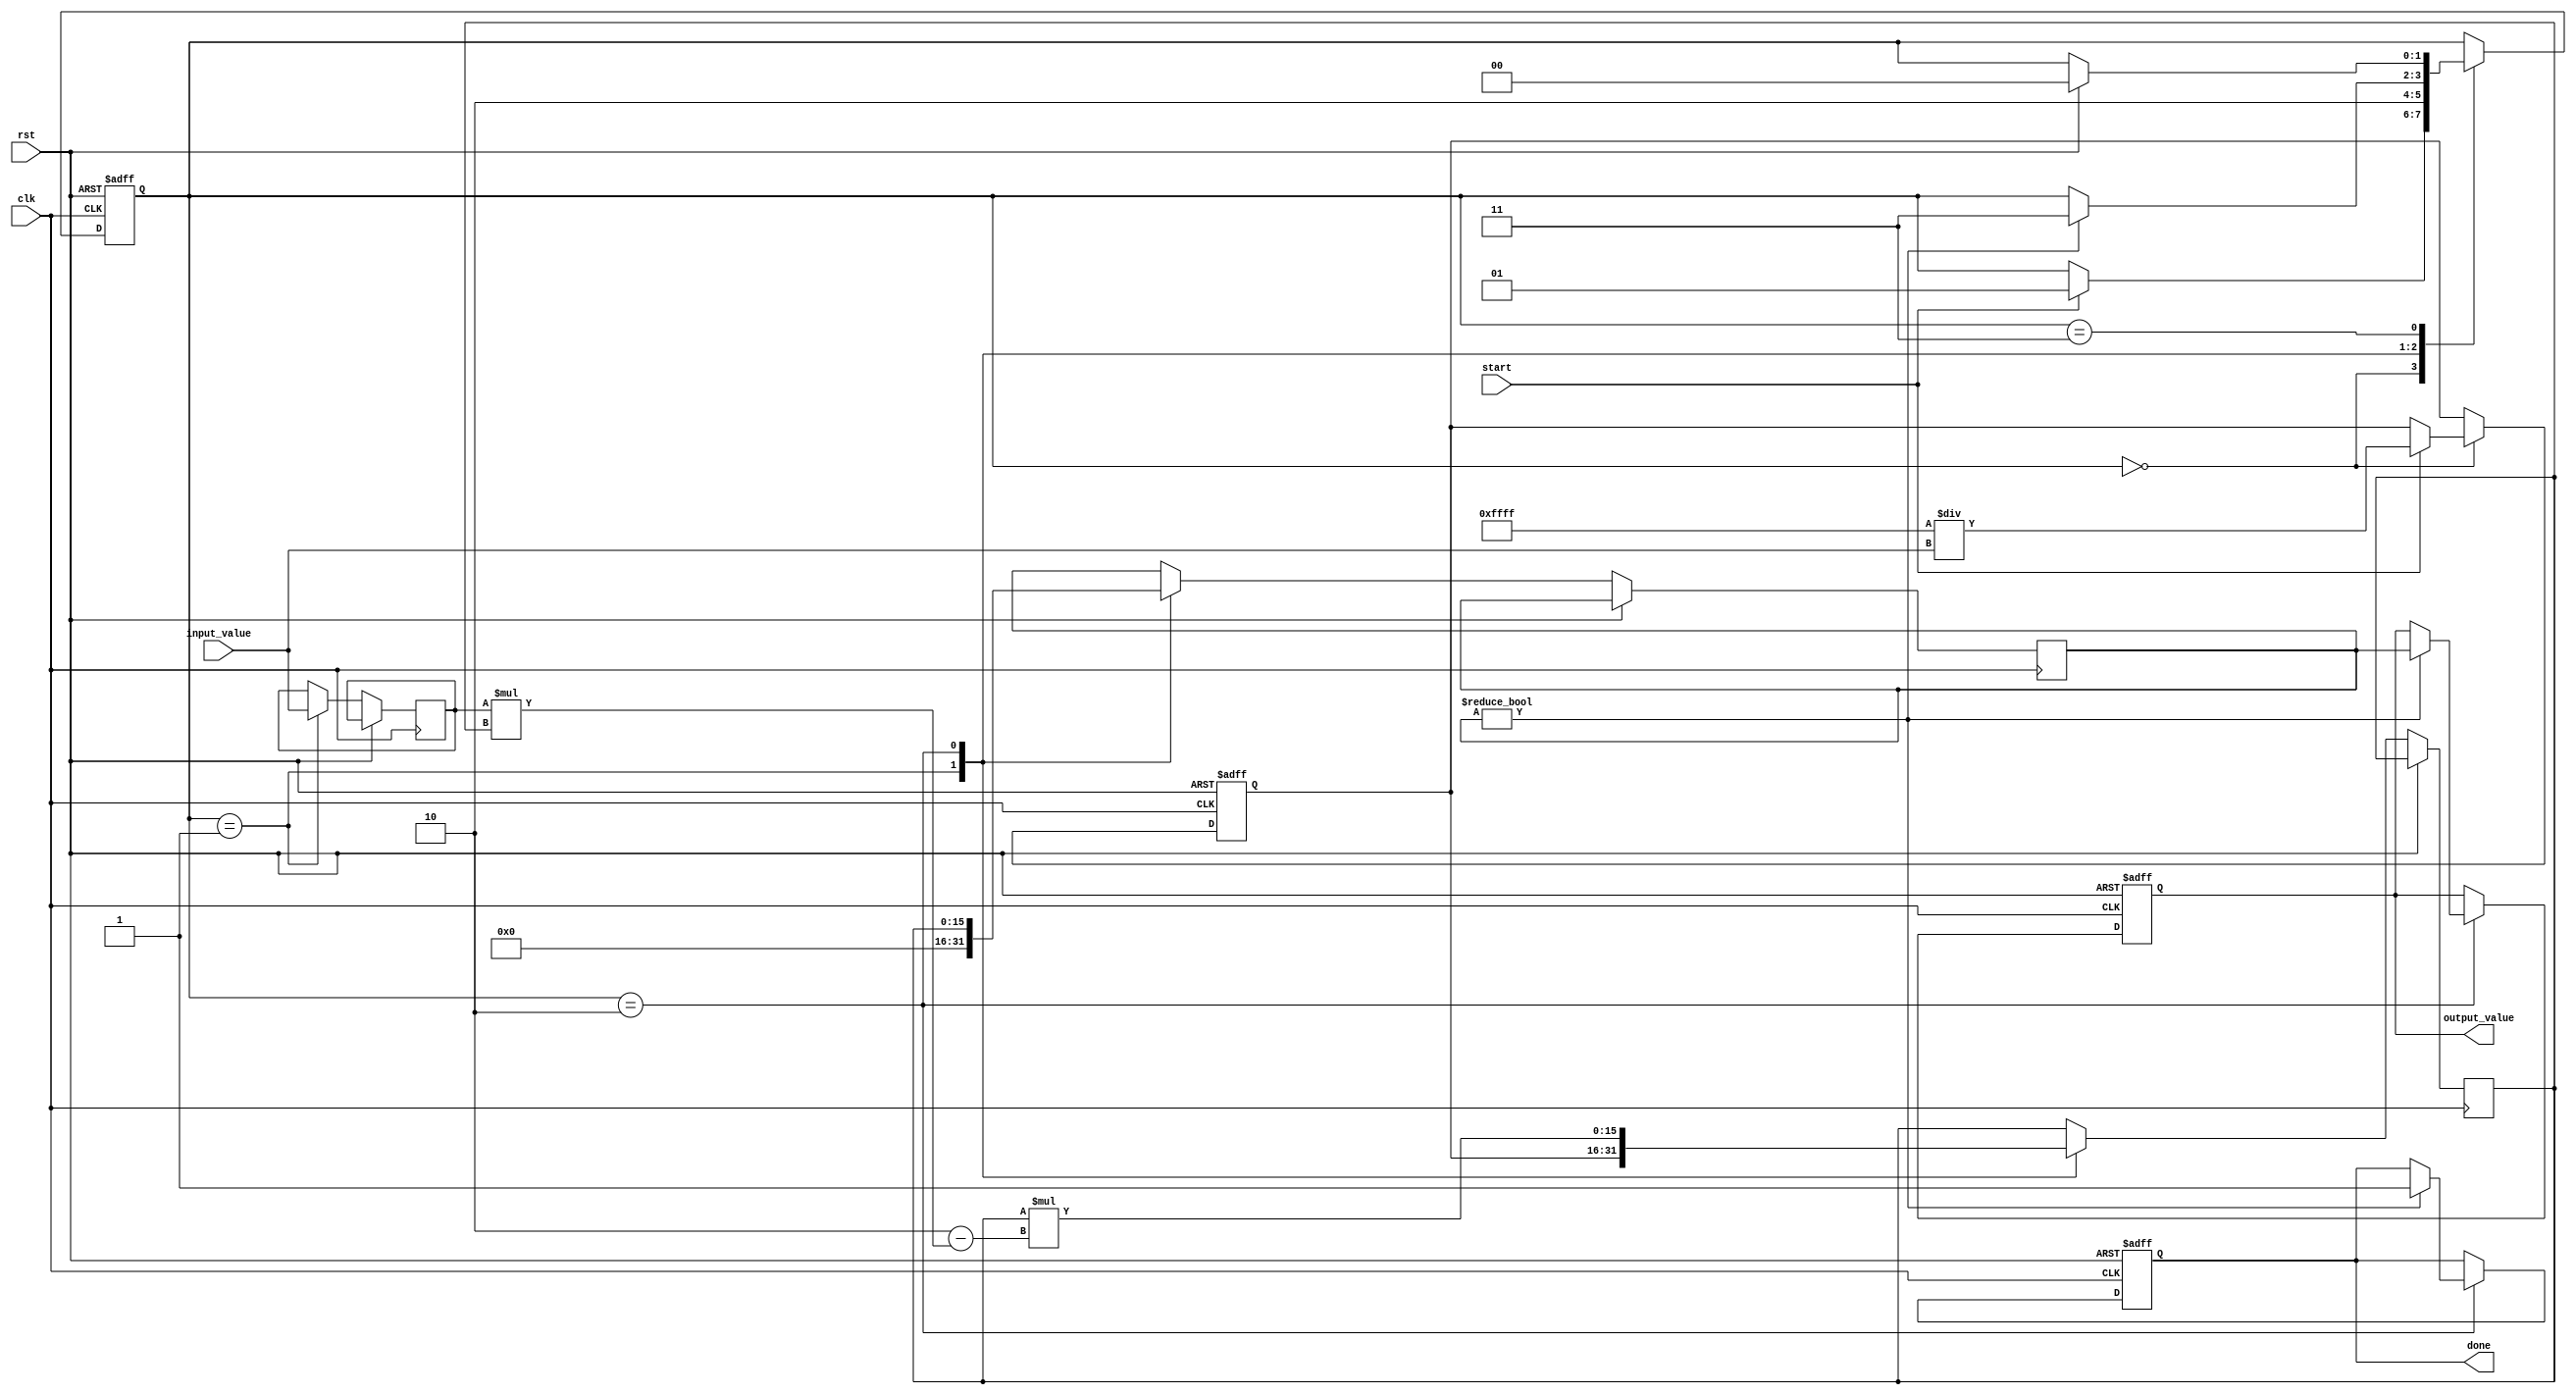
module systolic_array_reciprocal (
    input wire clk,
    input wire rst,
    input wire [15:0] input_value, // Input value for which the reciprocal is computed
    input wire start,               // Start signal for the computation
    output reg [15:0] output_value, // Output reciprocal value
    output reg done                 // Done signal
);

    // Internal signals
    reg [15:0] PE [0:1][0:1]; // Processing Elements (2x2 array)
    reg [15:0] x;             // Current approximation of the reciprocal
    reg [1:0] state;          // State machine for control logic
    reg [1:0] i, j;           // Loop indices

    // State definitions
    localparam IDLE = 2'b00,
               INIT = 2'b01,
               CALC = 2'b10,
               DONE = 2'b11;

    // Initialize the output
    initial begin
        output_value = 16'b0;
        done = 1'b0;
        state = IDLE;
    end

    // State machine for controlling the systolic array
    always @(posedge clk or posedge rst) begin
        if (rst) begin
            output_value <= 16'b0;
            done <= 1'b0;
            state <= IDLE;
            x <= 16'b0;
        end else begin
            case (state)
                IDLE: begin
                    if (start) begin
                        // Initialize the approximation (e.g., x = 1 / input_value)
                        x <= 16'hFFFF / input_value; // Initial guess for reciprocal
                        state <= INIT;
                    end
                end

                INIT: begin
                    // Load initial value into the PEs
                    PE[0][0] <= x; // Load initial guess into PE[0][0]
                    PE[0][1] <= input_value; // Load input value into PE[0][1]
                    PE[1][0] <= 16'b0; // Clear PE[1][0]
                    PE[1][1] <= 16'b0; // Clear PE[1][1]
                    state <= CALC;
                end

                CALC: begin
                    // Simple iterative calculation for reciprocal using Newton-Raphson
                    for (i = 0; i < 2; i = i + 1) begin
                        for (j = 0; j < 2; j = j + 1) begin
                            if (i == 0 && j == 0) begin
                                // PE[0][0]: x = x * (2 - input_value * x)
                                PE[i][j] <= PE[i][j] * (16'h2 - PE[0][1] * PE[i][j]);
                            end else if (i == 1 && j == 0) begin
                                // PE[1][0]: Store the result
                                PE[i][j] <= PE[0][0];
                            end
                        end
                    end
                    // Check if the calculation is done
                    if (PE[1][0] != 0) begin
                        output_value <= PE[1][0]; // Store final result
                        done <= 1'b1;
                        state <= DONE;
                    end
                end

                DONE: begin
                    // Wait for reset or new start signal
                    if (rst) begin
                        state <= IDLE;
                    end
                end
            endcase
        end
    end

endmodule